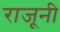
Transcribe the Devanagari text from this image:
राजूनी